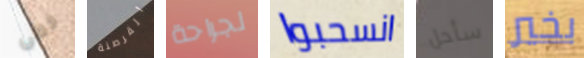
خطى القرصنة لجراحة انسحبوا سأحل بخير